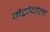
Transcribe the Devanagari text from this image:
मेट्रोपोल